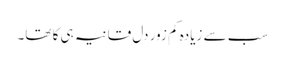
سب سے زیادہ کم زور دل قانیہ ہی کا تھا۔